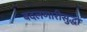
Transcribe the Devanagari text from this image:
बदलणारीसुद्धा